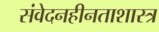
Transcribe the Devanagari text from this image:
संवेदनहीनताशास्त्र